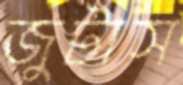
জুটাস